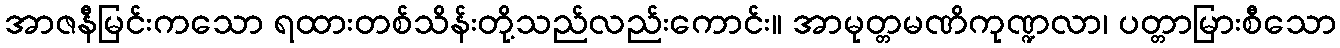
အာဇနီမြင်းကသော ရထားတစ်သိန်းတို့သည်လည်းကောင်း။ အာမုတ္တမဏိကုဏ္ဍလာ၊ ပတ္တာမြားစီသော